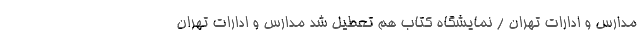
مدارس و ادارات تهران / نمایشگاه کتاب هم تعطیل شد مدارس و ادارات تهران